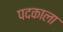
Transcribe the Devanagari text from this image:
पदकाला